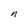
Character: n